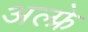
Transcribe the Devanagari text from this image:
अल्फ्रे